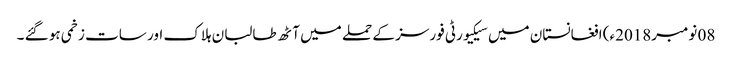
08 نومبر2018ء) افغانستان میں سیکیورٹی فورسز کے حملے میں آٹھ طالبان ہلاک اور سات زخمی ہو گئے ۔